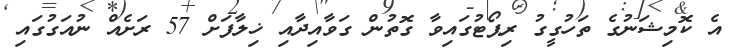
އެ ކޮމިޝަނުގެ ތަހުގީގު ރިޕޯޓުގައިވާ ގޮތުން ގަވާއިދާއި ޚިލާފަށް 57 ރަށެއް ނުއަގުގައި